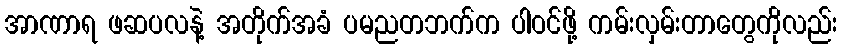
အာဏာရ ဖဆပလနဲ့ အတိုက်အခံ ပမညတဘက်က ပါဝင်ဖို့ ကမ်းလှမ်းတာတွေကိုလည်း